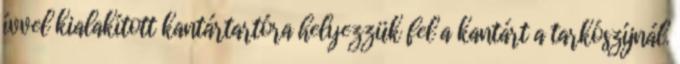
ívvel kialakított kantártartóra helyezzük fel a kantárt a tarkószíjnál.